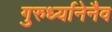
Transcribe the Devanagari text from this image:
गुरुर्ध्यानेनैव